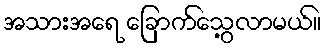
အသားအရေ ခြောက်သွေ့လာမယ်။